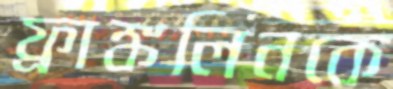
ফ্রাঙ্কলিনকে